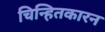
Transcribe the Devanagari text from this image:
चिन्हितकारन